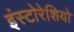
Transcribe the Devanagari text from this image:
इंस्टोरेशियो